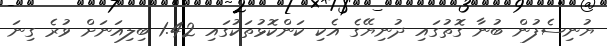
ޔުނިސެފުން ބުނާ ގޮތުގައި ދުނިޔޭގެ އެކި ކަންކޮޅުތަކުގައި 1.42 ބިލިއަނަށް ވުރެ ގިނަ